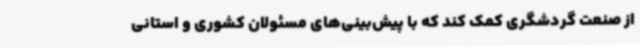
از صنعت گردشگری کمک کند که با پیش‌بینی‌های مسئولان کشوری و استانی